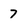
Character: 7